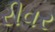
રીવર